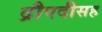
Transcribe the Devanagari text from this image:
द्रौपदीसह